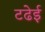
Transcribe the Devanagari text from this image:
टढेई